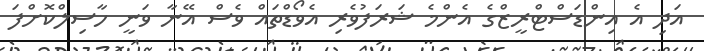
އަދި އެ އިންޑަސްޓްރީޒްގެ އެންމެ ޝަރަފުވެރި އެވޯޑްތައް ވެސް އޭނާ ވަނީ ހާސިލްކޮށްފަ